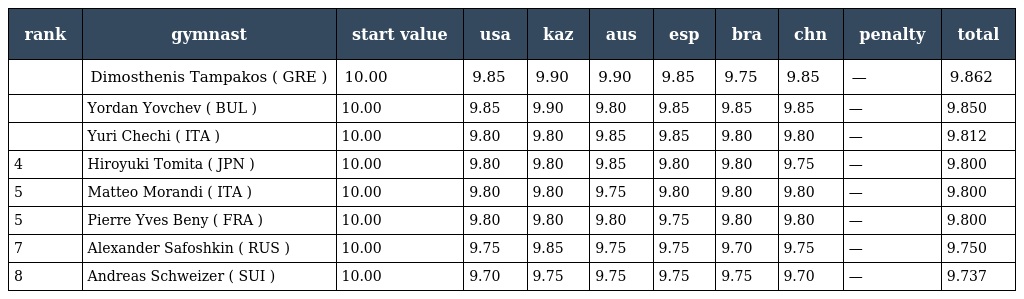
| rank | gymnast | start value | usa | kaz | aus | esp | bra | chn | penalty | total |
 | --- | --- | --- | --- | --- | --- | --- | --- | --- | --- | --- |
 |  | Dimosthenis Tampakos ( GRE ) | 10.00 | 9.85 | 9.90 | 9.90 | 9.85 | 9.75 | 9.85 | — | 9.862 |
 |  | Yordan Yovchev ( BUL ) | 10.00 | 9.85 | 9.90 | 9.80 | 9.85 | 9.85 | 9.85 | — | 9.850 |
 |  | Yuri Chechi ( ITA ) | 10.00 | 9.80 | 9.80 | 9.85 | 9.85 | 9.80 | 9.80 | — | 9.812 |
 | 4 | Hiroyuki Tomita ( JPN ) | 10.00 | 9.80 | 9.80 | 9.85 | 9.80 | 9.80 | 9.75 | — | 9.800 |
 | 5 | Matteo Morandi ( ITA ) | 10.00 | 9.80 | 9.80 | 9.75 | 9.80 | 9.80 | 9.80 | — | 9.800 |
 | 5 | Pierre Yves Beny ( FRA ) | 10.00 | 9.80 | 9.80 | 9.80 | 9.75 | 9.80 | 9.80 | — | 9.800 |
 | 7 | Alexander Safoshkin ( RUS ) | 10.00 | 9.75 | 9.85 | 9.75 | 9.75 | 9.70 | 9.75 | — | 9.750 |
 | 8 | Andreas Schweizer ( SUI ) | 10.00 | 9.70 | 9.75 | 9.75 | 9.75 | 9.75 | 9.70 | — | 9.737 |